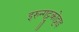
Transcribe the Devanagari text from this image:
इरुन्गट्टुकोट्टाइ